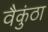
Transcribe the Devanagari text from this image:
वैकुंठा